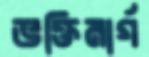
ভক্তিমার্গ